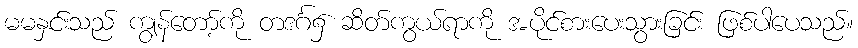
မမနှင်းသည် ကျွန်တော့်ကို တဒင်္ဂ၌ ဆိတ်ကွယ်ရာကို အပိုင်စားပေးသွားခြင်း ဖြစ်ပါပေသည်။